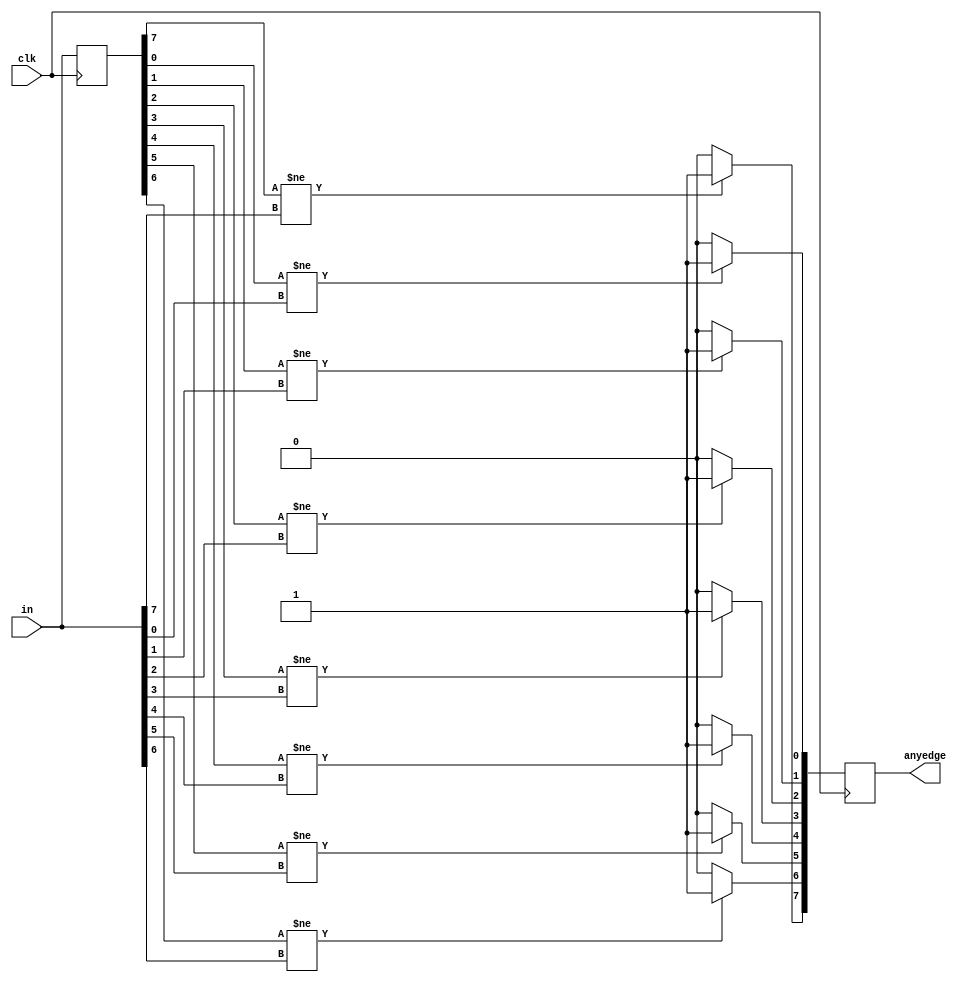
module top_module (
    input clk,
    input [7:0] in,
    output reg[7:0] anyedge
);
    integer i;
    reg [7:0]q;
    always@(posedge clk)begin
        for(i = 0; i < 8;i++)begin
            q[i] <= in[i];
            if(q[i]!=in[i])
                anyedge[i] <= 1;
            else
                anyedge[i] <= 0; 
        end
    end
endmodule